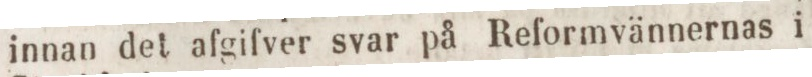
innan det afgifver svar på Reformvännernas i